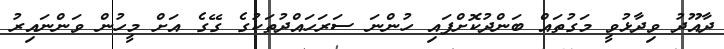
ދާއޫދު ވިދާޅުވީ މަގުތައް ބަންދުކޮށްފައި ހުންނަ ސަރަހައްދުތަކުގެ ގޭގެ އަށް މީހުން ވަންނައިރު